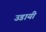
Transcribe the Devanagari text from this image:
उडायी